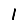
Digit: 1